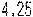
4.25